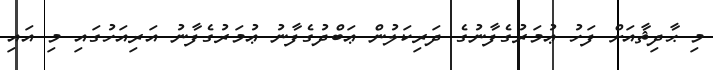
މި ޙާދިޘާއަށް ފަހު ޢުމަރުގެފާނުގެ ދަރިކަލުން ޢަބްދުގެފާނު ޢުމަރުގެފާނު އަރިއަހުގައި މި އައި